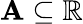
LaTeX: \mathbf{A}\subseteq\mathbb{{R}}